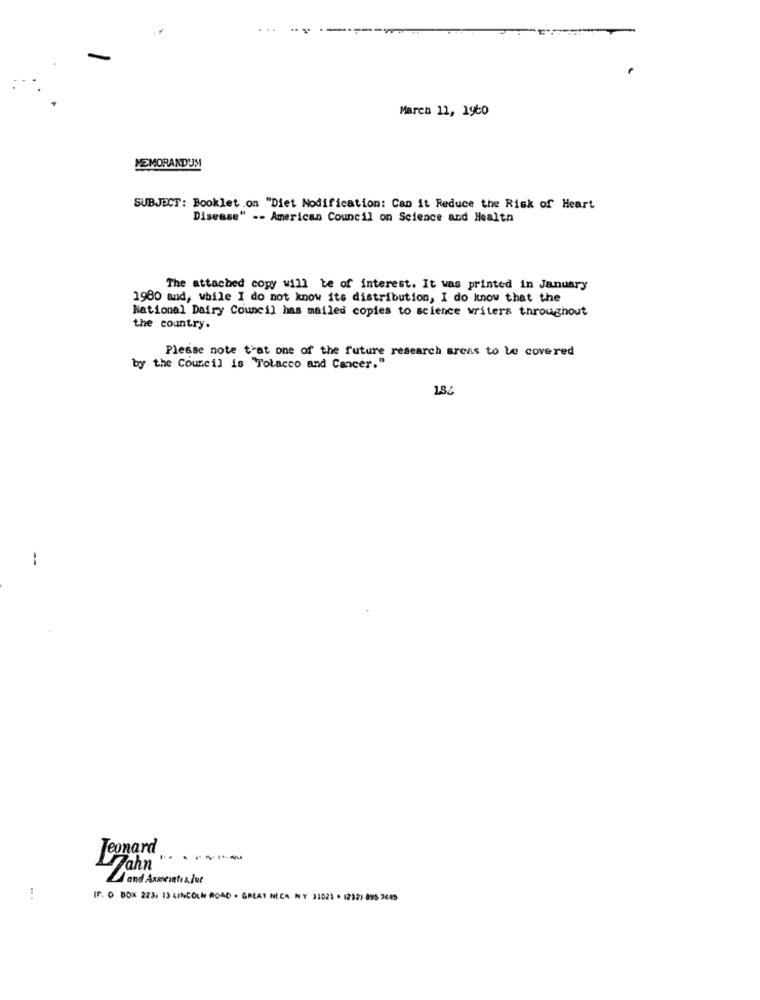
March 11, 19to
MEMORANDUM
SUBJECT: Booklet .on "Diet Nodification: Can it Reduce the Risk of Heart
Disease" .- American Council on Science and Health
The attached copy will be of interest. It was printed in January
1980 and, while I do not know its distribution, I do know that the
National Dairy Council has mailed copies to science writers throughout
the country.
Please note that one of the future research areas to be covered
by the Council is "Tobacco and Cancer."
186
--
Jeonard
------
Lahn
1 and Armentia.lue
:
IF. O BOX 223; 13 LINCOLN ROAD . GREAT NECK NY 31021 . 12321 895 7615